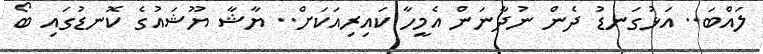
ލައްބަ.. އަޅުގަނޑު ދެން ނުދާނަން އެމީހާ ކައިރިއަކަށް.. ޔާޝާ ޔޫޝައުގެ ކޮނޑުގައި ބޯ